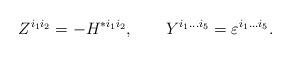
LaTeX: \begin{align*}Z^{i_1i_2}=-H^{*i_1i_2}, \qquad Y^{i_1...i_5}=\varepsilon^{i_1...i_5}.\end{align*}